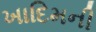
ખાદિમની